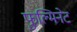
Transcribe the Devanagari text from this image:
फुल्मिनेट